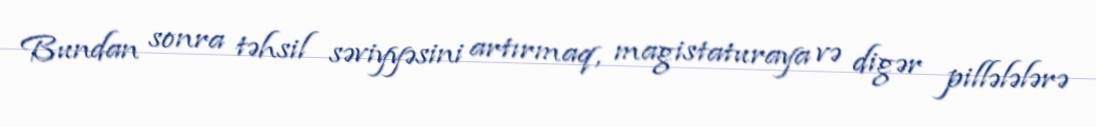
Bundan sonra təhsil səviyyəsini artırmaq, magistaturaya və digər pillələlərə